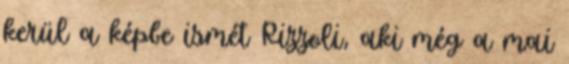
kerül a képbe ismét Rizzoli, aki még a mai